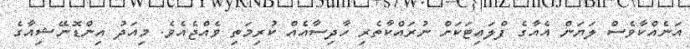
އަނެއްކާވެސް ލަޔަން އެއާގެ ފްލައިޓަކަށް ނުރައްކާތެރި ހާދިސާއެއް ކުރިމަތި ވެއްޖެއެވެ. މިއަދު އިންޑޮނޭޝިއާގެ